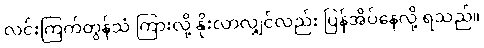
လင်းကြက်တွန်သံ ကြားလို့ နိုးလာလျှင်လည်း ပြန်အိပ်နေလို့ ရသည်။